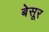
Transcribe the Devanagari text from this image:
बेसूर